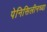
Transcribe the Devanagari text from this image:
पेनिसिलीनच्या